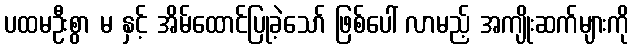
ပထမဦးစွာ မ နှင့် အိမ်ထောင်ပြုခဲ့သော် ဖြစ်ပေါ် လာမည့် အကျိုးဆက်များကို